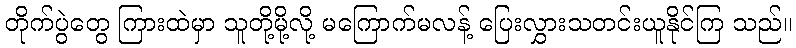
တိုက်ပွဲတွေ ကြားထဲမှာ သူတို့မို့လို့ မကြောက်မလန့် ပြေးလွှားသတင်းယူနိုင်ကြ သည်။